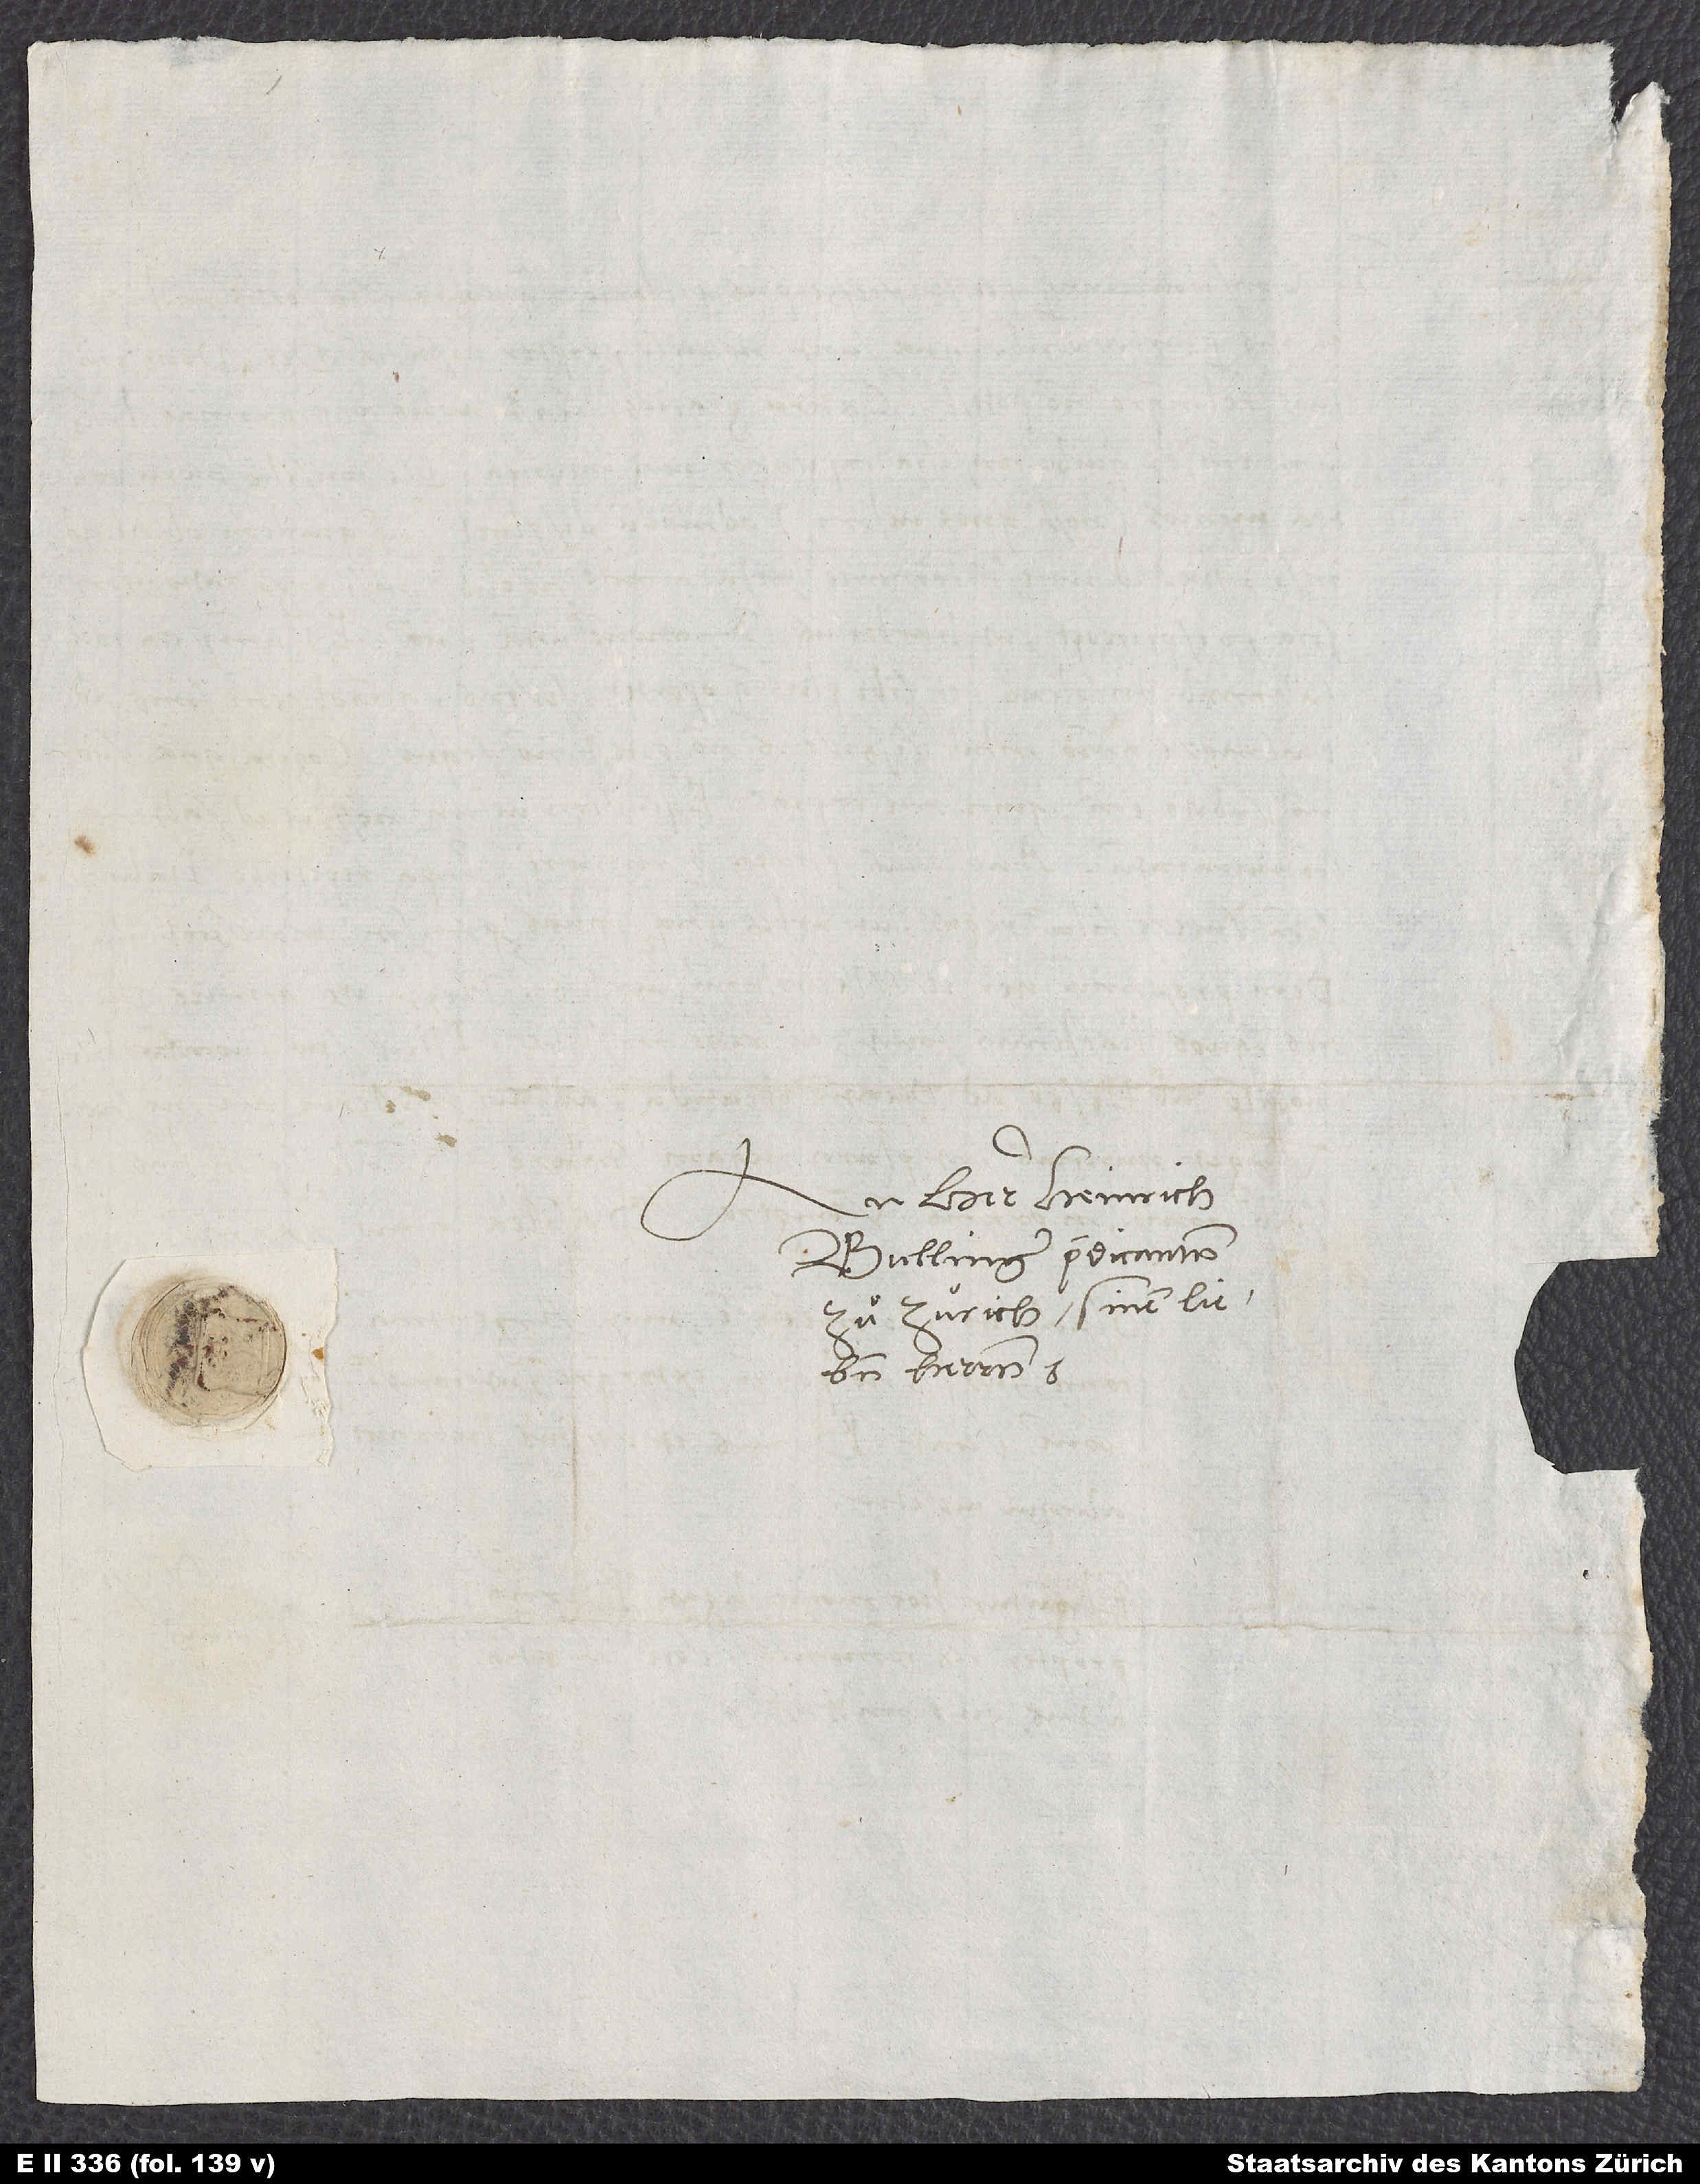
An herr Heinrich
Bullinger, predicanten
zuͦ Zürich, sinen lieben